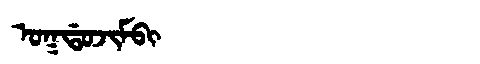
Manchu: ᠣᡴᡩᠣᠵᡳᠮᠪᡳ
Romanization: OKDOJIMBI